Plague in India, 1896, 1897 - Volume 3
Year: 1896
Disease focus: Plague
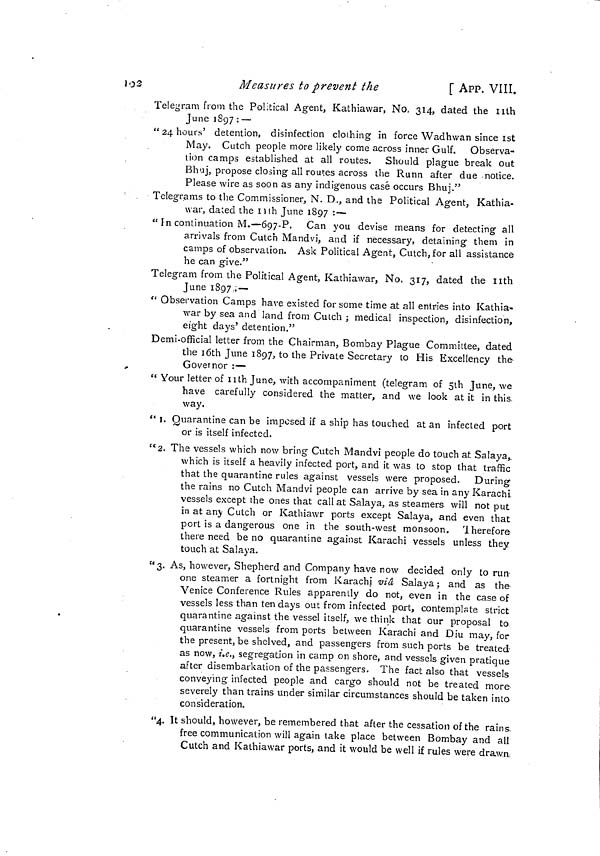
103
Measures to prevent the
[ APP. VIII.
Telegram from the Political Agent, Kathiawar, No, 314, dated the 11th
June 1897 : —
"24 hours' detention, disinfection clothing in force Wadhwan since 1st
May. Cutch people more likely come across inner Gulf. Observa-
tion camps established at all routes. Should plague break out
Bhuj, propose closing all routes across the Runn after due notice.
Please wire as soon as any indigenous casé occurs Bhuj."
Telegrams to the Commissioner, N. D., and the Political Agent, Kathia-
war, dated the 11th June 1897 :—
" In continuation M.—697-P. Can you devise means for detecting all
arrivals from Cutch Mandvi, and if necessary, detaining them in
camps of observation. Ask Political Agent, Cutch, for all assistance
he can give."
Telegram from the Political Agent, Kathiawar, No. 317, dated the nth
June 1897.;—-
" Observation Camps have existed for some time at all entries into Kathia-
war by sea and land from Cutch ; medical inspection, disinfection,
eight days' detention."
Demi-official letter from the Chairman, Bombay Plague Committee, dated
the 10th June 1897, to the Private Secretary to His Excellency the
,
Governor :—
" Your letter of 11th June, with accompaniment (telegram of 5th June, we
have carefully considered the matter, and we look at it in this
way.
" 1. Quarantine can be imposed if a ship has touched at an infected port
or is itself infected.
U 2. The vessels which now bring Cutch Mandvi people do touch at Salaya,.
which is itself a heavily infected port, and it was to stop that traffic
that the quarantine rules against vessels were proposed.
During
the rains no Cutch Mandvi people can arrive by sea in any Karachi
vessels except the ones that call at Salaya, as steamers will not put
in at any Cutch or Kathiawr ports except Salaya, and even that
port is a dangerous one in the south-west monsoon. I herefore
there need be no quarantine against Karachi vessels unless they
touch at Salaya.
"3. As, however, Shepherd and Company have now decided only to run-
one steamer a fortnight from Karachi -viâ Salaya; and as the-
Venice Conference Rules apparently do not, even in the case of
vessels less than ten days out from infected port, contemplate strict
quarantine against the vessel itself, we think that our proposal to
quarantine vessels from ports between Karachi and Diu may, for
the present, be shelved, and passengers from such ports be treated
as now, i.e., segregation in camp on shore, and vessels given pratique
after disembarkation of the passengers. The fact also that vessels
conveying infected people and cargo should not be treated more
severely than trains under similar circumstances should be taken into
consideration.
"4. It should, however, be remembered that after the cessation of the rains,
free communication will again take place between Bombay and all
Cutch and Kathiawar ports, and it would be well if rules were drawn.